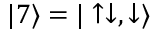
| 7 \rangle = | \uparrow \downarrow , \downarrow \rangle